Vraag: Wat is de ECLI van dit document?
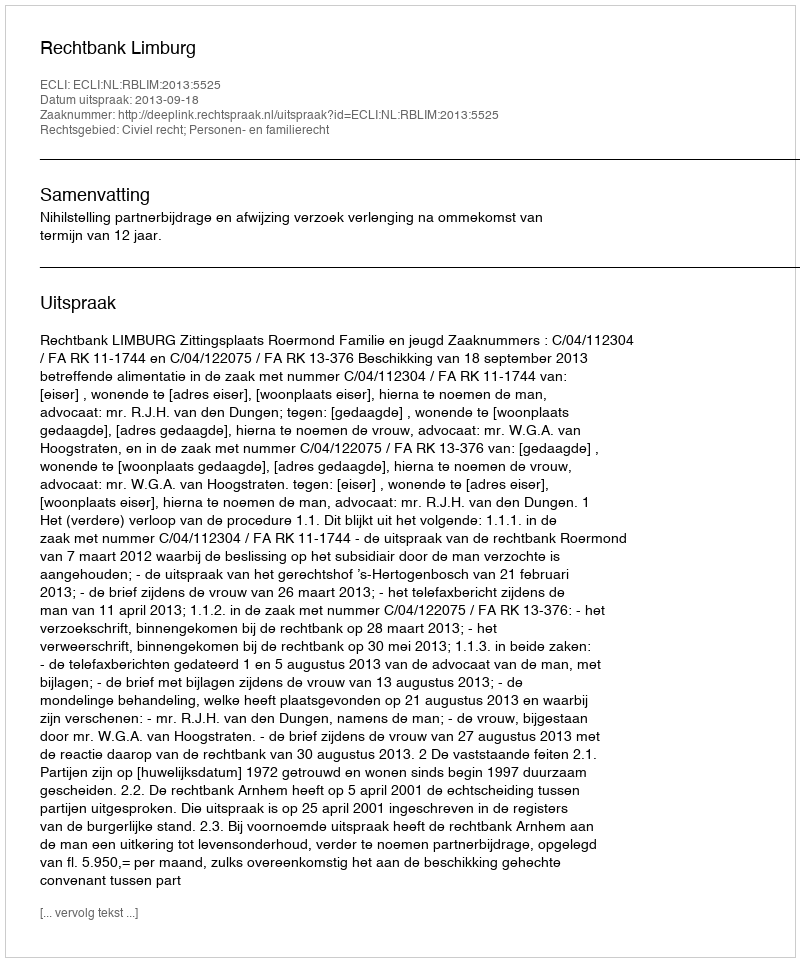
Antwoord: ECLI:NL:RBLIM:2013:5525